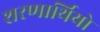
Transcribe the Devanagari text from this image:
शरणार्थियो